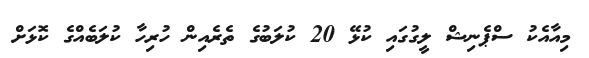
މިއާއެކު ސްޕެނިޝް ލީގުގައި ކުޅޭ 20 ކުލަބުގެ ތެރެއިން ހުރިހާ ކުލަބެއްގެ ކޮޅަށް